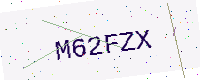
Text: M62FZX